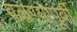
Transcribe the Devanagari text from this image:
वळण्यापूर्वी